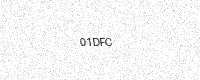
Text: 01DFC